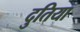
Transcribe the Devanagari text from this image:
दुतिया